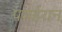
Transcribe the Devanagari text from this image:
पमईरान